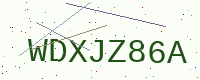
Text: WDXJZ86A